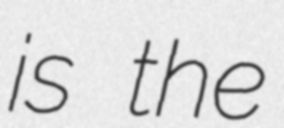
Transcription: is the